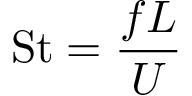
\mathrm { S t } = { \frac { f L } { U } }